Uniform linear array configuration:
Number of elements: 8
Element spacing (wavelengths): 1
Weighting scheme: hann
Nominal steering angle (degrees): -60
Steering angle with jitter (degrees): -58.761
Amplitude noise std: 0.05
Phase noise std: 0.05

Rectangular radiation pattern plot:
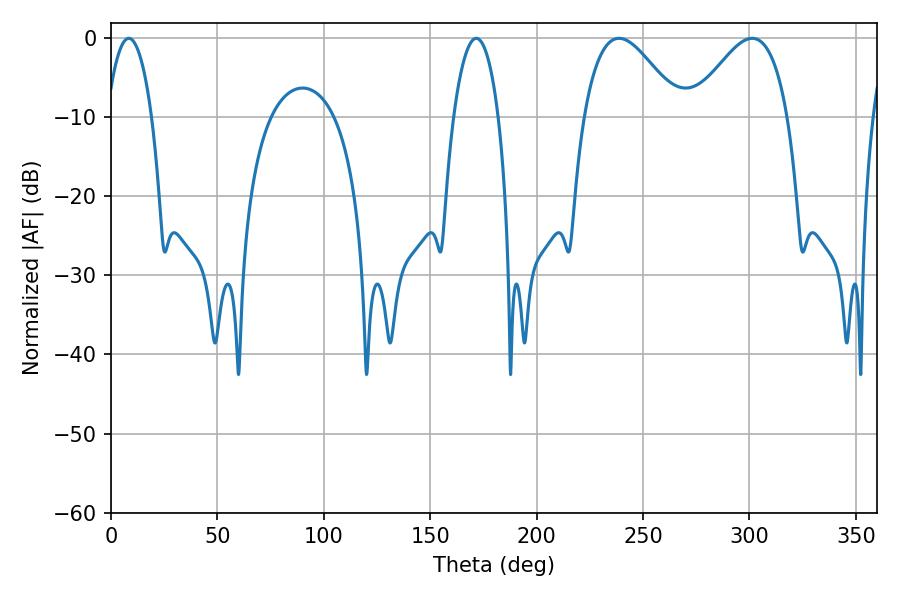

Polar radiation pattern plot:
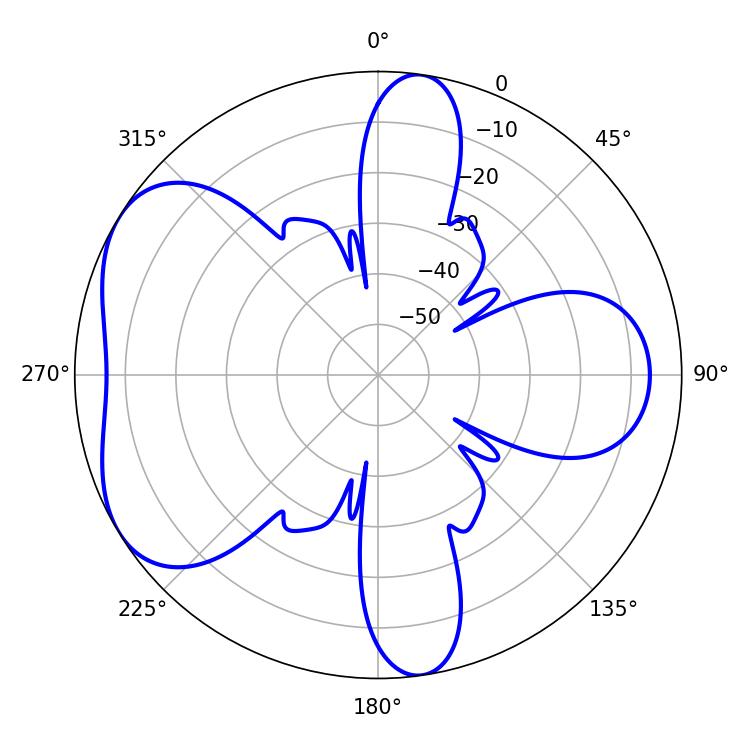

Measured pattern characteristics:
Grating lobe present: TRUE
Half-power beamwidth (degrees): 24.3
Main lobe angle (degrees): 238.68